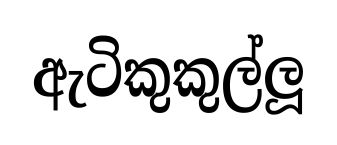
ඇටිකුකුල්ලූ